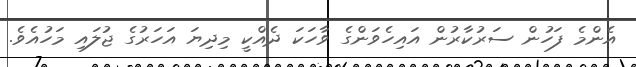
އެންމެ ފަހުން ސަރުކާރުން އައިހެވަންގެ ވާހަކަ ދެއްކީ މިދިޔަ އަހަރުގެ ޖުލައި މަހުއެވެ.